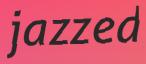
jazzed